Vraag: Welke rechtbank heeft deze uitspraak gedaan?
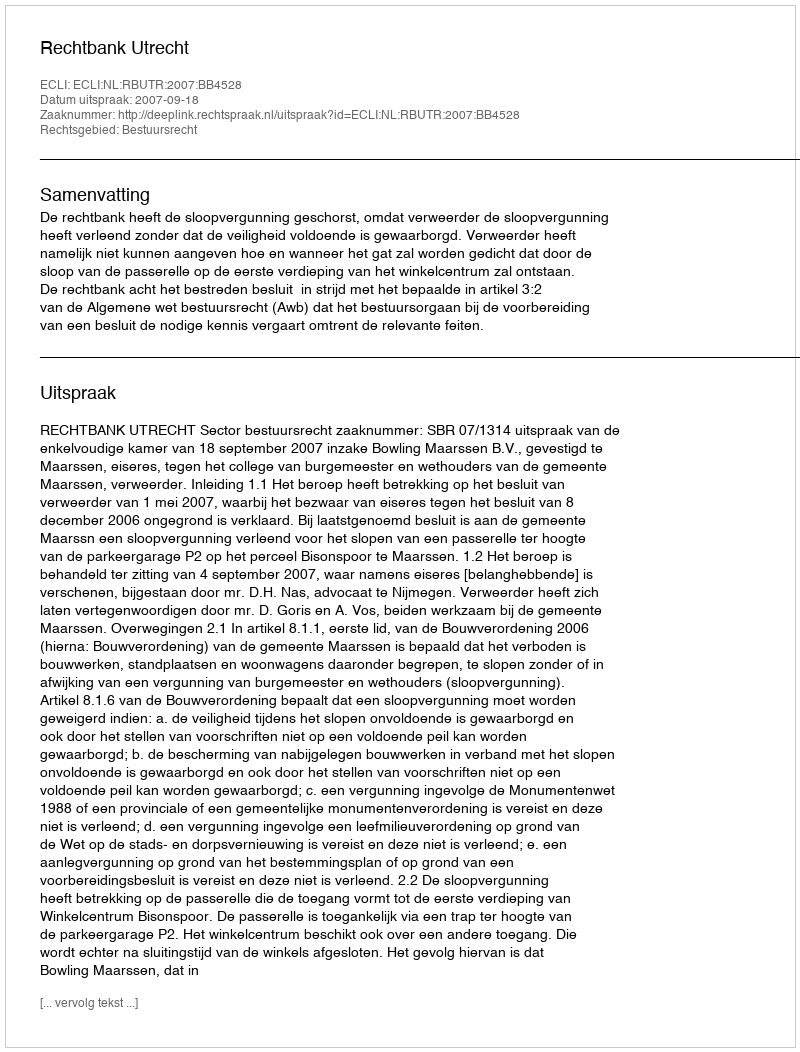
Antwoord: Rechtbank Utrecht